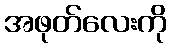
အဖုတ်လေးကို